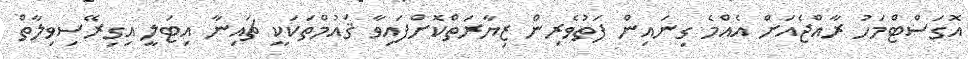
އޮގަސްޓްމަހު ރާއްޖެއަށް އެއްމެ ގިނައިން ފަތުވެރިން ޒިޔާރަތްކޮށްފައިވާ ޤައުމްތަކަކީ ޗައިނާ އިޓަލީ އިގިރޭސިވިލާތް